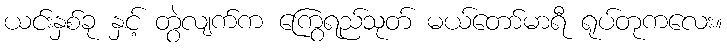
ယင်းနှစ်ခု နှင့် တွဲလျက်က ကြွေရည်သုတ် မယ်တော်မာရီ ရုပ်တုကလေး။